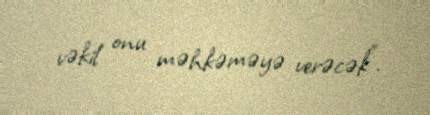
vəkil onu məhkəməyə verəcək".